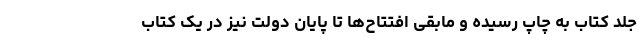
جلد کتاب به چاپ رسیده و مابقی افتتاح‌ها تا پایان دولت نیز در یک کتاب